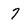
Character: 7